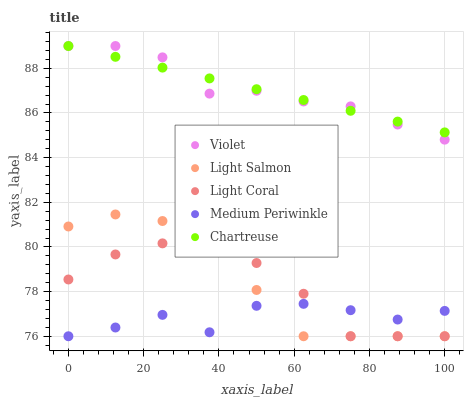
| xaxis_label | Violet | Light Salmon | Light Coral | Medium Periwinkle | Chartreuse |
 | --- | --- | --- | --- | --- | --- |
 | 0 | 89 | 80.9 | 78.5 | 76 | 89 |
 | 12.5 | 89 | 81.5 | 79.7 | 76.4 | 88.5 |
 | 25 | 88.5 | 81.2 | 80.2 | 77 | 88 |
 | 37.5 | 86.9 | 80 | 80 | 76.2 | 87.5 |
 | 50 | 87 | 78.1 | 79.3 | 77.4 | 87.1 |
 | 62.5 | 86.5 | 76 | 77.9 | 77.5 | 86.6 |
 | 75 | 86.3 | 76 | 76 | 77.2 | 86.1 |
 | 87.5 | 85.5 | 76 | 76 | 76.7 | 85.6 |
 | 100 | 84.8 | 76 | 76 | 77.1 | 85.1 |